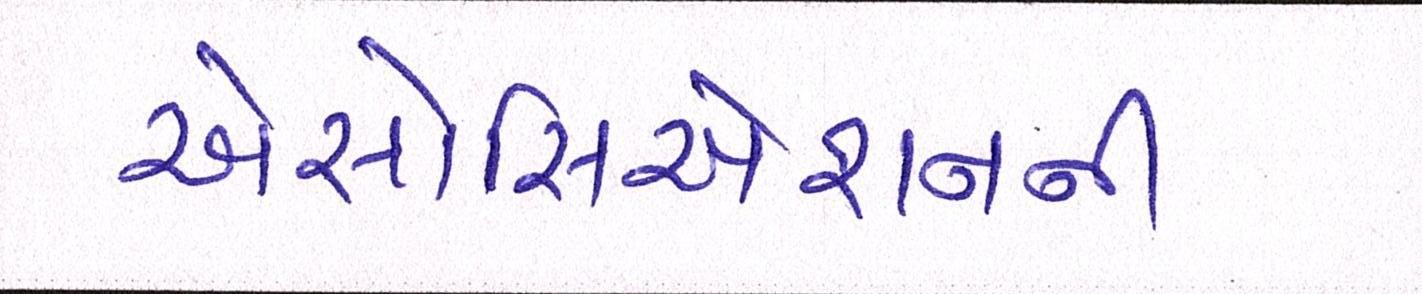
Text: એસોસિએશનની